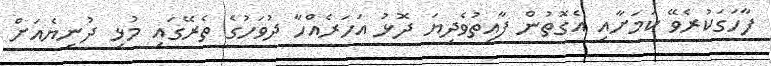
ފާހަގަކުރެވޭ ކަމަށާއި އެގޮތުން ފާއިތުވެދިޔަ ދޮޅު އަހަރެއްހާ ދުވަހުގެ ތެރޭގައި މުޅި ދުނިޔެއަށް